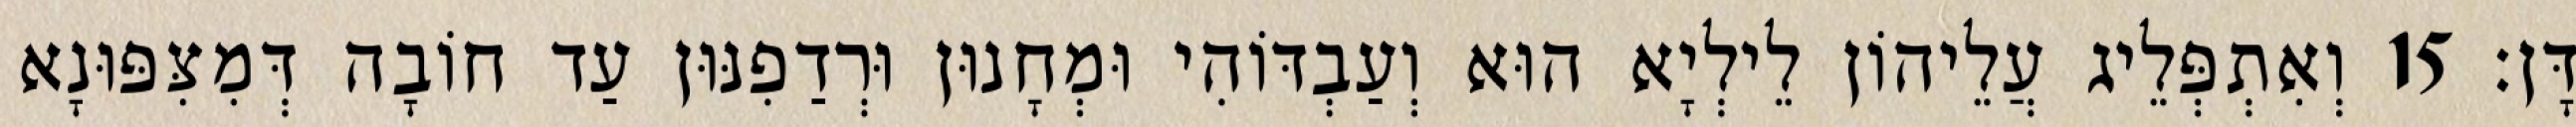
דָּן׃ 15 וְאִתְפְּלֵיג עֲלֵיהוֹן לֵילְיָא הוּא וְעַבְדּוֹהִי וּמְחָנוּן וּרְדַפִנּוּן עַד חוֹבָה דְּמִצִּפּוּנָא